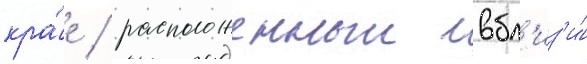
кра́е / расположенныи вбл'из'и́